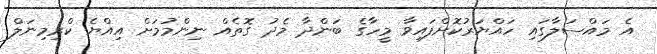
އެ މައްސަލާގައި ހައްޔަރުކޮށްފައިވާ މީހާގެ ބަންދާ މެދު ގޮތެއް ނިންމުމަށް އިއްޔެ ކްރިމިނަލް